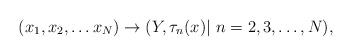
LaTeX: \begin{align*}(x_1,x_2,\ldots x_N) \rightarrow (Y, \tau_n (x)|\ n=2,3,\ldots , N),\end{align*}